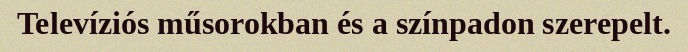
Televíziós műsorokban és a színpadon szerepelt.